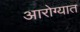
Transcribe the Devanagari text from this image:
आरोग्यात